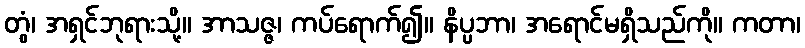
တွံ၊ အရှင်ဘုရားသို့။ အာသဇ္ဇ၊ ကပ်ရောက်၍။ နိပ္ပဘာ၊ အရောင်မရှိသည်ကို။ ကတာ၊